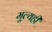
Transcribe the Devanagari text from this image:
मूल्यही